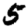
Digit: 5